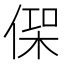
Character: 𠋸